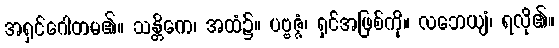
အရှင်ဂေါတမ၏။ သန္တိကေ၊ အထံ၌။ ပဗ္ဗဇ္ဇံ၊ ရှင်အဖြစ်ကို။ လဘေယျံ၊ ရလို၏။